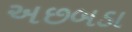
અછબડા